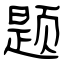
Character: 题